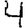
Digit: 4